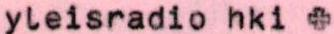
yleisradio hki +